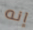
إنه